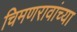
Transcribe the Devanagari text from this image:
चिमणरावांच्या